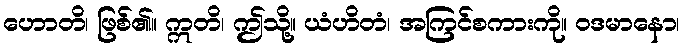
ဟောတိ၊ ဖြစ်၏။ ဣတိ၊ ဤသို့။ ယံဟိတံ၊ အကြင်စကားကို။ ဝဒမာနော၊